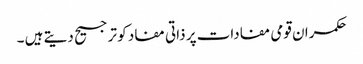
حکمران قومی مفادات پر ذاتی مفاد کو ترجیح دیتے ہیں ۔